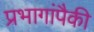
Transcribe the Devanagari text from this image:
प्रभागांपैकी